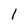
Character: 1